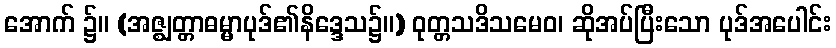
အောက် ၌။ (အဇ္ဈတ္တာဓမ္မာပုဒ်၏နိဒ္ဒေသ၌။) ဝုတ္တသဒိသမေဝ၊ ဆိုအပ်ပြီးသော ပုဒ်အပေါင်း